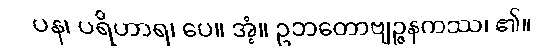
ပန၊ ပရိဟာရ၊ ပေ။ အံ့။ ဥဘတောဗျဉ္ဇနကဿ၊ ၏။